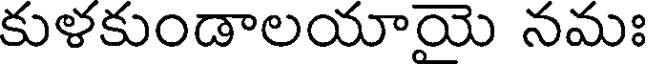
కుళకుండాలయాయె నమః